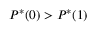
P ^ { * } ( 0 ) > P ^ { * } ( 1 )